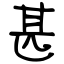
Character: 甚